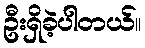
ဦးရှိခဲ့ပါတယ်။